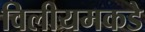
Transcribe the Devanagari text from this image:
विलीयमकडे